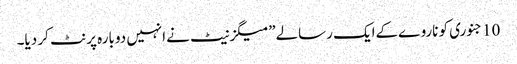
10جنوری کو ناروےکےایک رسالے”میگزنیٹ نےانہیں دوبارہ پرنٹ کر دیا۔